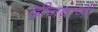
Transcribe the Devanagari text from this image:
दीनवाणी